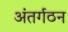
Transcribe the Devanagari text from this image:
अंतर्गठन